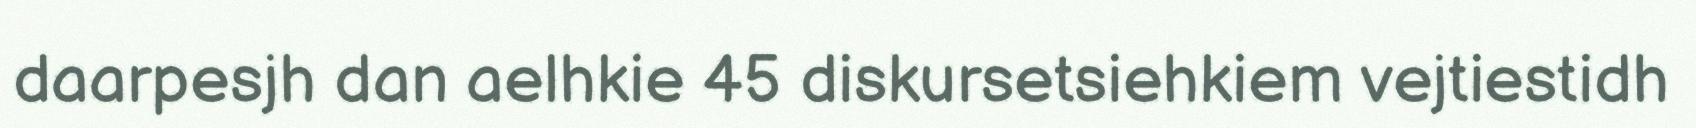
daarpesjh dan aelhkie 45 diskursetsiehkiem vejtiestidh